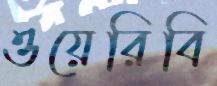
ওয়েরিবি